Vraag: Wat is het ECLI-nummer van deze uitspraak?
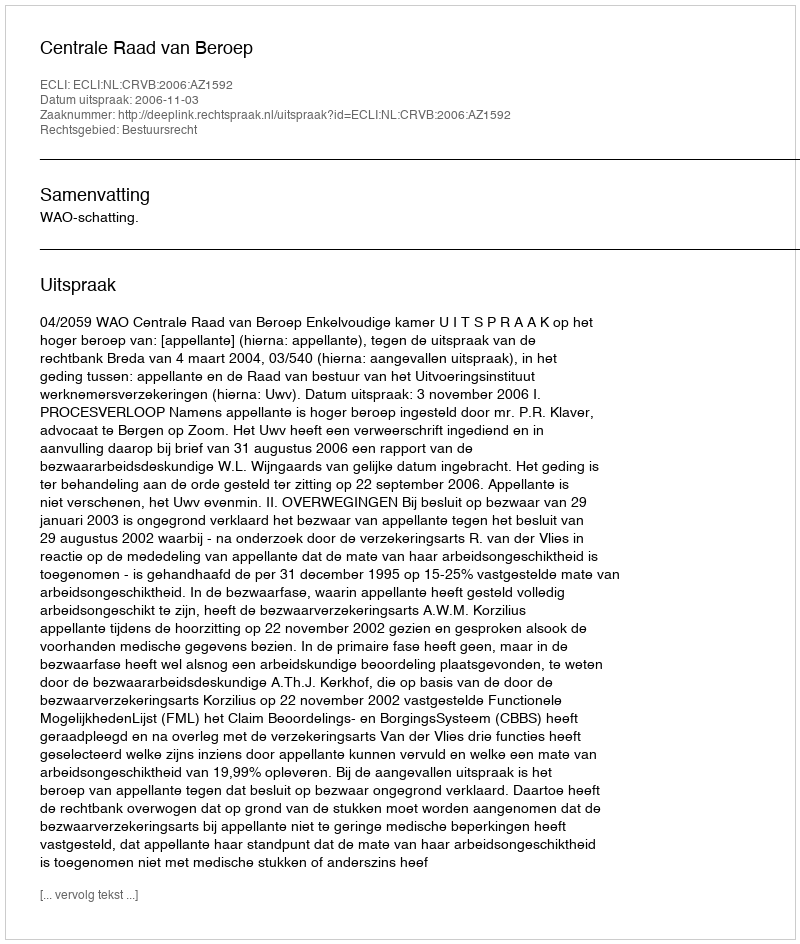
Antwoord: ECLI:NL:CRVB:2006:AZ1592